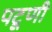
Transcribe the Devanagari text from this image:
पटूणी